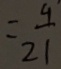
= \frac { 9 } { 2 1 }